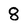
Character: 8